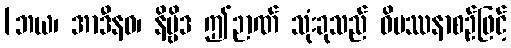
[ဘယ၊ အာဒီနဝ၊ နိဗ္ဗိဒ ဤဉာဏ် သုံးခုသည် ဝိပဿနာစဉ်ဖြင့်